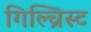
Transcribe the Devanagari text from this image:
गिल्च्रिस्ट